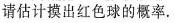
请估计摸出红色球的概率。